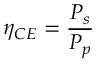
\eta _ { C E } = \frac { P _ { s } } { P _ { p } }